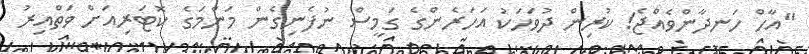
"އާހް ހަނދާންވެއްޖެ! ކުރިން ދުވަހަކު އަހަރެންގެ ގަމީސް ނުފެނިގެން މަންމަގެ ކޮޓަރިއަށް ވަތްއިރު